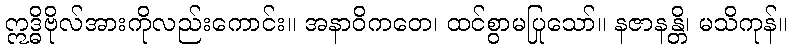
ဣဒ္ဓိဗိုလ်အားကိုလည်းကောင်း။ အနာဝိကတေ၊ ထင်စွာမပြုသော်။ နဇာနန္တိ၊ မသိကုန်။